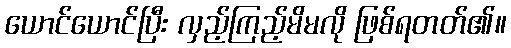
ယောင်ယောင်ပြီး လှည့်ကြည့်မိမလို ဖြစ်ရတတ်၏။